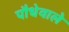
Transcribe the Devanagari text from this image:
पौधेवाले